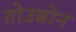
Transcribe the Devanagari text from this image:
तोउबोन